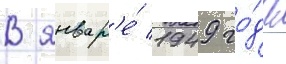
В январ'е́ 1949 го́да